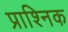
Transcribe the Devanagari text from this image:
प्राश्निक